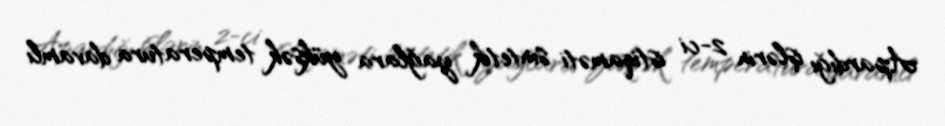
Apardığı işlərin 2-ci istiqaməti sintetik yağlara yüksək temperatura davamlı